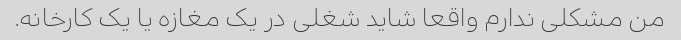
من مشکلی ندارم واقعا شاید شغلی در یک مغازه یا یک کارخانه.